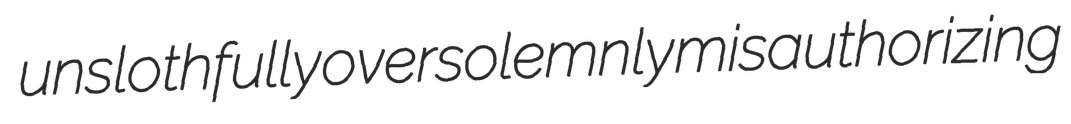
unslothfully oversolemnly misauthorizing